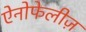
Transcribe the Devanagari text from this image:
ऐनोफेलीज़